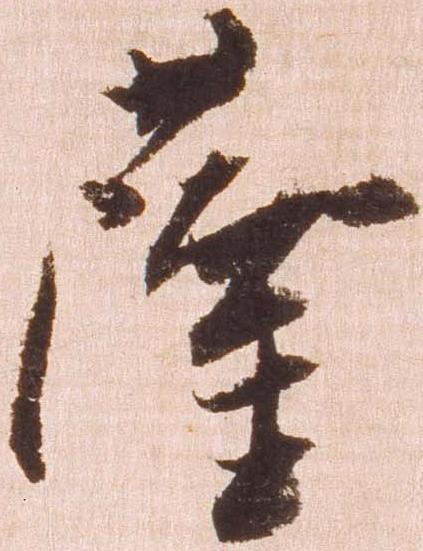
薩